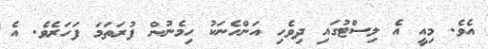
އެވެ. މިއީ އެ ލިސްޓުގައި ދިވެހި އަންހެނަކު ހިމެނުން ފުރަތަމަ ފަހަރެވެ. އެ